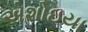
એશોઇયા